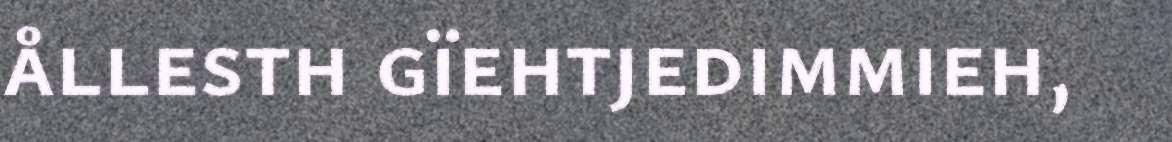
ållesth gïehtjedimmieh,